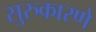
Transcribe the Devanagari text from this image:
सुरुकारणे